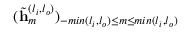
( \tilde { \mathbf { h } } _ { m } ^ { ( l _ { i } , l _ { o } ) } ) _ { - m i n ( l _ { i } , l _ { o } ) \le m \le m i n ( l _ { i } , l _ { o } ) }